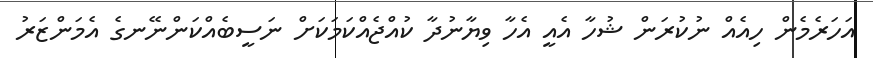
އަހަރެމެން ހިއެއް ނުކުރަން ޝުހާ އެއީ އެހާ ވިޔާނުދާ ކުއްޖެއްކަމަކަށް ނަސީބެއްކަންނޭނގެ އެމަންޒަރު